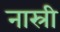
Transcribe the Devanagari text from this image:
नास्री